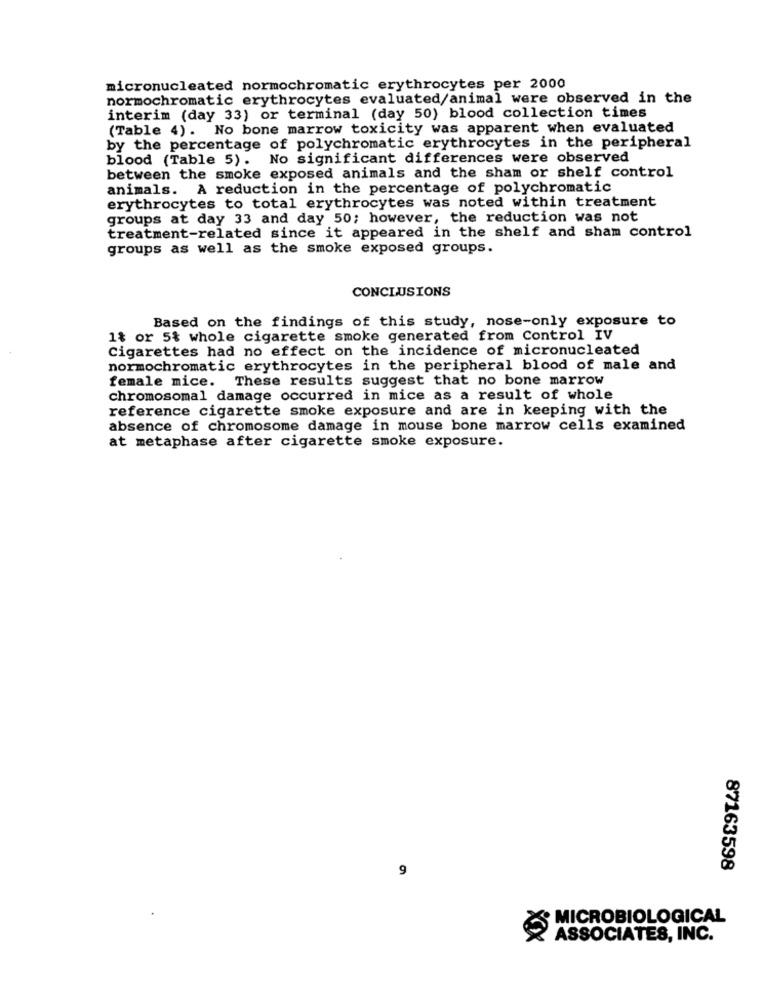
micronucleated normochromatic erythrocytes per 2000
normochromatic erythrocytes evaluated/animal were observed in the
interim (day 33) or terminal (day 50) blood collection times
(Table 4). No bone marrow toxicity was apparent when evaluated
by the percentage of polychromatic erythrocytes in the peripheral
blood (Table 5). No significant differences were observed
between the smoke exposed animals and the sham or shelf control
animals. A reduction in the percentage of polychromatic
erythrocytes to total erythrocytes was noted within treatment
groups at day 33 and day 50; however, the reduction was not
treatment-related since it appeared in the shelf and sham control
groups as well as the smoke exposed groups.
CONCLUSIONS
Based on the findings of this study, nose-only exposure to
1% or 5% whole cigarette smoke generated from Control IV
Cigarettes had no effect on the incidence of micronucleated
normochromatic erythrocytes in the peripheral blood of male and
female mice. These results suggest that no bone marrow
chromosomal damage occurred in mice as a result of whole
reference cigarette smoke exposure and are in keeping with the
absence of chromosome damage in mouse bone marrow cells examined
at metaphase after cigarette smoke exposure.
9
87163598
MICROBIOLOGICAL
ASSOCIATES, INC.